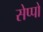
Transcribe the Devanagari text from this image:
सेप्पो